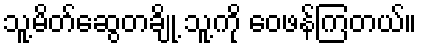
သူ့မိတ်ဆွေတချို့ သူ့ကို ဝေဖန်ကြတယ်။